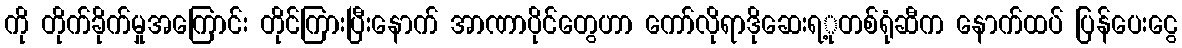
ကို တိုက်ခိုက်မှုအကြောင်း တိုင်ကြားပြီးနောက် အာဏာပိုင်တွေဟာ ကော်လိုရာဒိုဆေးရ့ုတစ်ရုံဆီက နောက်ထပ် ပြန်ပေးငွေ